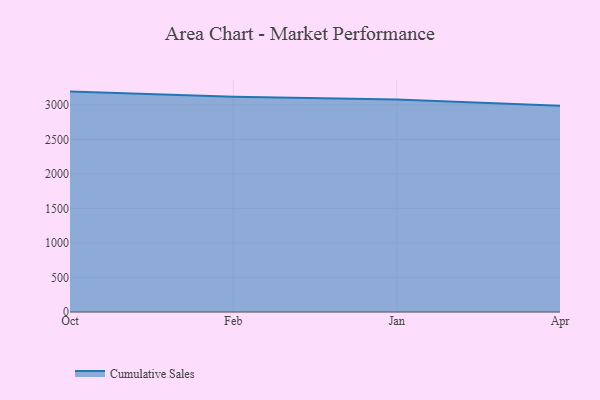
{"axis": {"x": "Month", "y": "Temperature (°C)"}, "legend": ["Cumulative Sales"], "data": [{"x": "Oct", "y": 3192.2, "type": "Cumulative Sales"}, {"x": "Feb", "y": 3118.5, "type": "Cumulative Sales"}, {"x": "Jan", "y": 3076.4, "type": "Cumulative Sales"}, {"x": "Apr", "y": 2986.2, "type": "Cumulative Sales"}]}